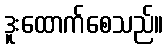
ဒူးထောက်စေသည်။